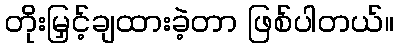
တိုးမြှင့်ချထားခဲ့တာ ဖြစ်ပါတယ်။